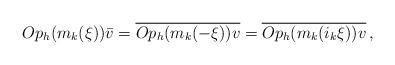
LaTeX: \begin{align*}Op_h(m_k(\xi))\bar{v} = \overline{Op_h(m_k(-\xi))v} = \overline{Op_h(m_k(i_k \xi))v} \, ,\end{align*}